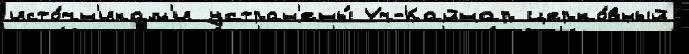
исто́чн'икам'и устран'ены́ Уч-Кайнар церко́вный